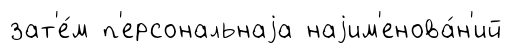
зат'е́м п'ерсональнаjа наjим'енова́н'ий